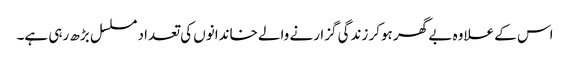
اس کے علاوہ بے گھر ہوکر زندگی گزارنے والے خاندانوں کی تعداد مسلسل بڑھ رہی ہے۔